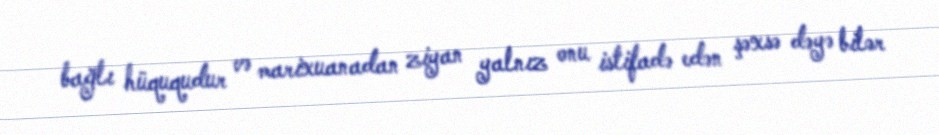
bağlı hüququdur və marixuanadan ziyan yalnız onu istifadə edən şəxsə dəyə bilər